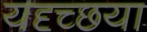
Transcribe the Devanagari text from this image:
यदृच्छया